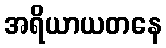
အရိယာယတနေ